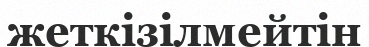
жеткізілмейтін